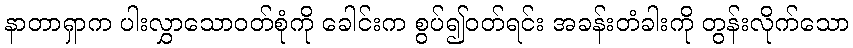
နာတာရှာက ပါးလွှာသောဝတ်စုံကို ခေါင်းက စွပ်၍ဝတ်ရင်း အခန်းတံခါးကို တွန်းလိုက်သော